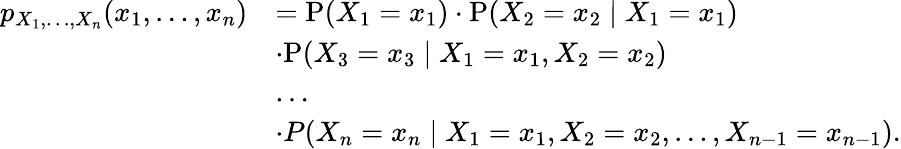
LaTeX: {\begin{array}{rl}{p_{X_{1},\ldots,X_{n}}(x_{1},\ldots,x_{n})}&{=\mathrm{P}(X_{1}=x_{1})\cdot\mathrm{P}(X_{2}=x_{2}\mid X_{1}=x_{1})}\\ &{\cdot\mathrm{P}(X_{3}=x_{3}\mid X_{1}=x_{1},X_{2}=x_{2})}\\ &{\dots}\\ &{\cdot P(X_{n}=x_{n}\mid X_{1}=x_{1},X_{2}=x_{2},\dots,X_{n-1}=x_{n-1}).}\end{array}}